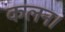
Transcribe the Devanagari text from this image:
कलन।